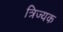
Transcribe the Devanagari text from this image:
त्रिज्यक